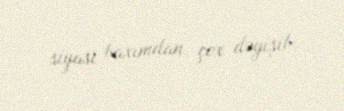
siyasi baxımdan çox dəyişib.